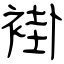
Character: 褂